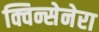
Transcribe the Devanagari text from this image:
क्विन्सेनेरा